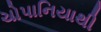
ચોપાનિયાથી